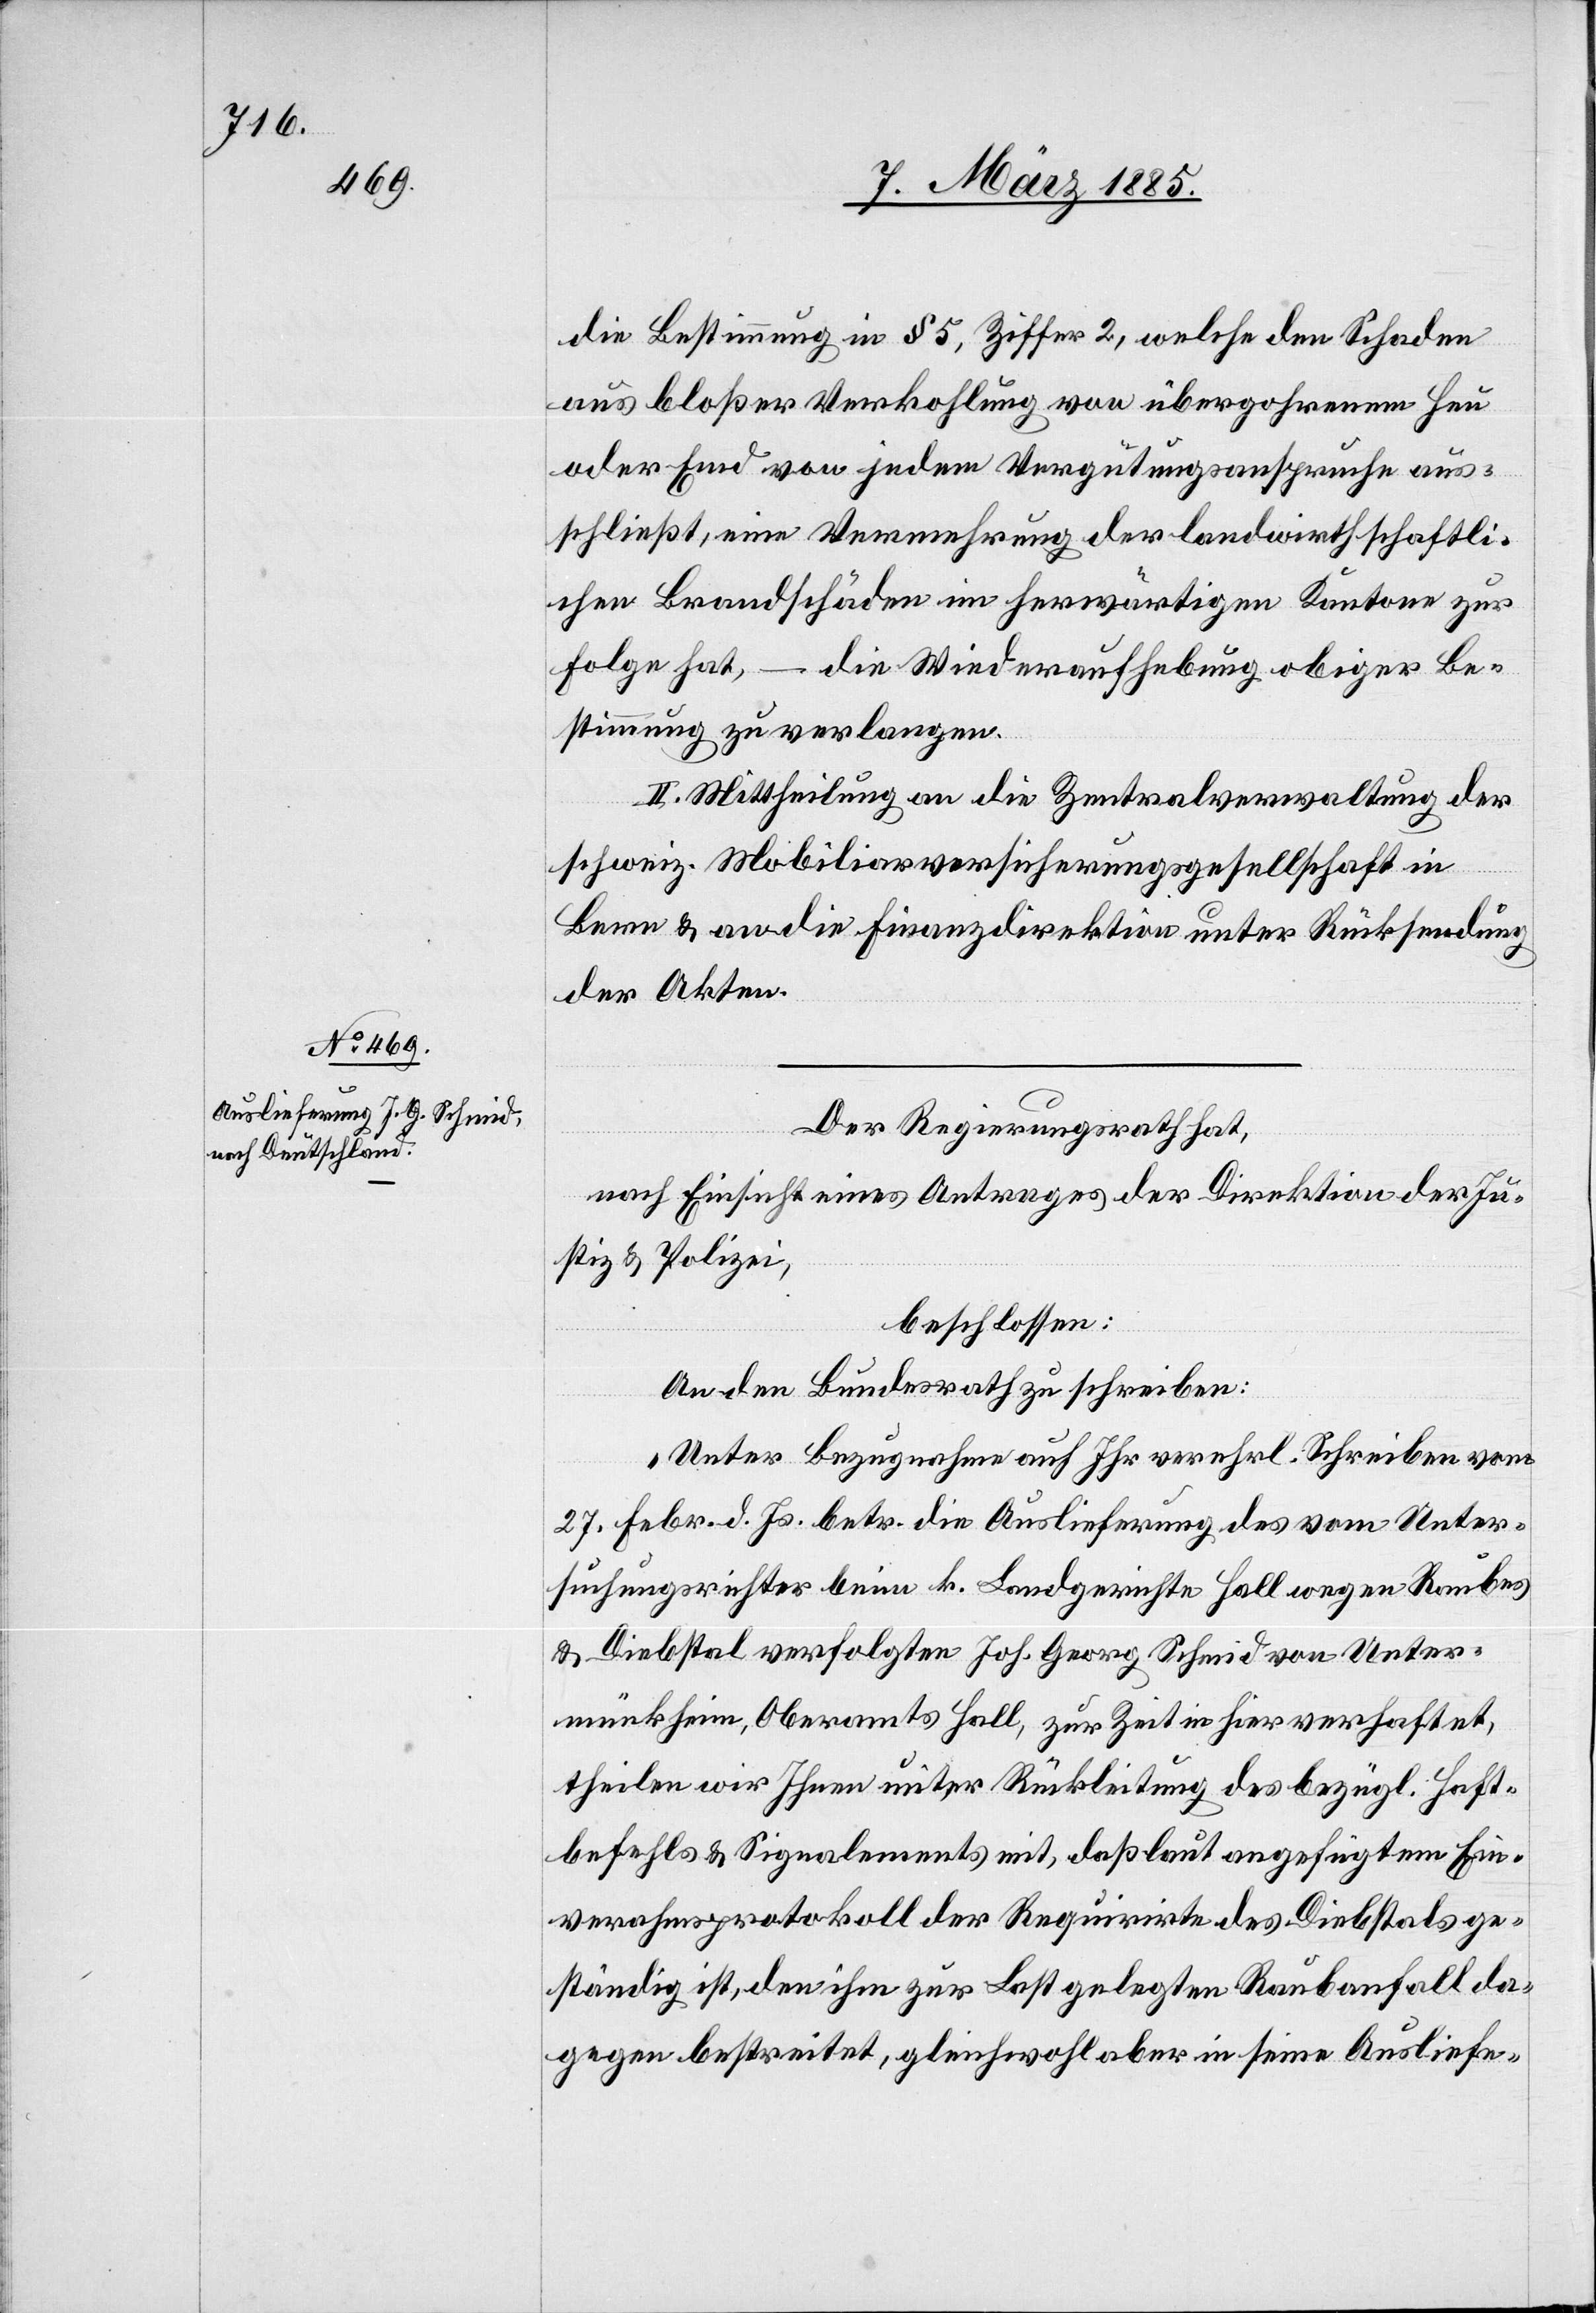
Der Regierungsrath hat,
nach Einsicht eines Antrages der Direktion der Ju¬
stiz & Polizei,
beschlossen:
An den Bundesrath zu schreiben:
„Unter Bezugnahme auf Ihr verehrl. Schreiben vom
27. Febr. d. Js. betr. die Auslieferung des vom Unter¬
suchungsrichter beim k. Landgerichte Hall wegen Raubes
& Diebstal verfolgten Joh. Georg Schmid von Unter¬
münkheim, Oberamts Hall, zur Zeit in hier verhaftet,
theilen wir Ihnen unter Rückleitung des bezügl. Haft¬
befehls & Signalements mit, daß laut angefügtem Ein¬
vernahmsprotokoll der Requirirte des Diebstals ge¬
ständig ist, den ihm zu Last gelegten Raubanfall da¬
gegen bestreitet, gleichwohl aber in seine Ausliefe-